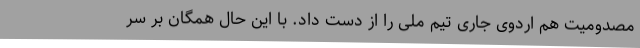
مصدومیت هم اردوی جاری تیم ملی را از دست داد. با این حال همگان بر سر